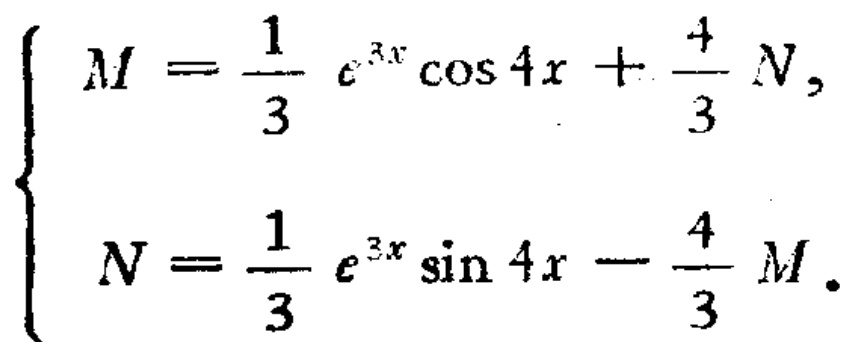
\[

\begin{cases}

M = \frac{1}{3} e^{3x} \cos 4x + \frac{4}{3} N, \\

N = \frac{1}{3} e^{3x} \sin 4x - \frac{4}{3} M.

\end{cases}

\]